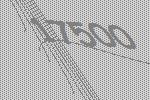
17500